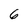
Character: 6